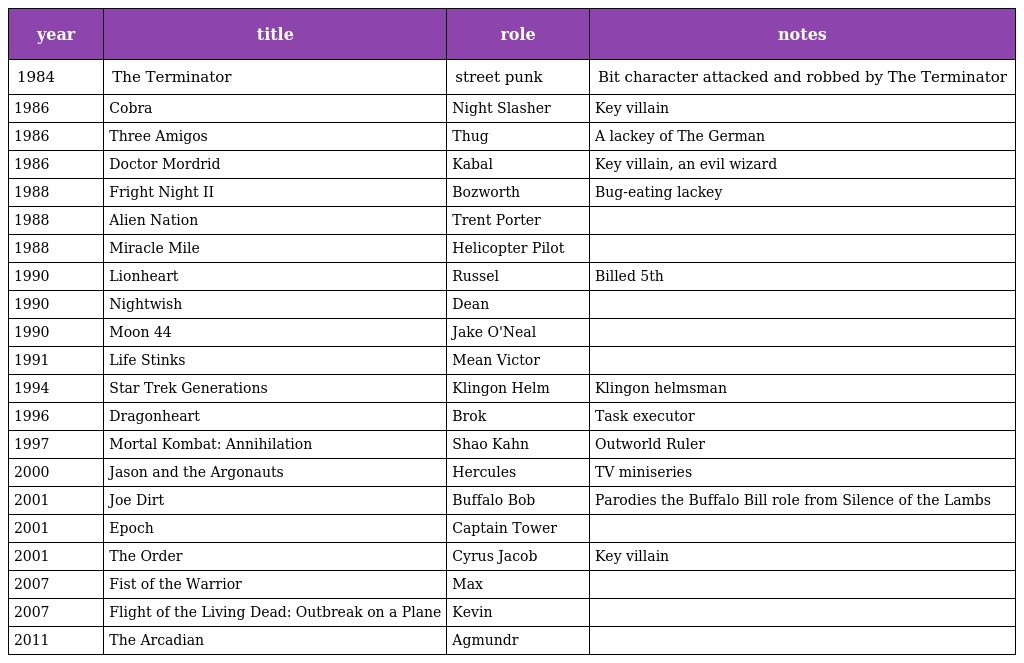
| year | title | role | notes |
 | --- | --- | --- | --- |
 | 1984 | The Terminator | street punk | Bit character attacked and robbed by The Terminator |
 | 1986 | Cobra | Night Slasher | Key villain |
 | 1986 | Three Amigos | Thug | A lackey of The German |
 | 1986 | Doctor Mordrid | Kabal | Key villain, an evil wizard |
 | 1988 | Fright Night II | Bozworth | Bug-eating lackey |
 | 1988 | Alien Nation | Trent Porter |  |
 | 1988 | Miracle Mile | Helicopter Pilot |  |
 | 1990 | Lionheart | Russel | Billed 5th |
 | 1990 | Nightwish | Dean |  |
 | 1990 | Moon 44 | Jake O'Neal |  |
 | 1991 | Life Stinks | Mean Victor |  |
 | 1994 | Star Trek Generations | Klingon Helm | Klingon helmsman |
 | 1996 | Dragonheart | Brok | Task executor |
 | 1997 | Mortal Kombat: Annihilation | Shao Kahn | Outworld Ruler |
 | 2000 | Jason and the Argonauts | Hercules | TV miniseries |
 | 2001 | Joe Dirt | Buffalo Bob | Parodies the Buffalo Bill role from Silence of the Lambs |
 | 2001 | Epoch | Captain Tower |  |
 | 2001 | The Order | Cyrus Jacob | Key villain |
 | 2007 | Fist of the Warrior | Max |  |
 | 2007 | Flight of the Living Dead: Outbreak on a Plane | Kevin |  |
 | 2011 | The Arcadian | Agmundr |  |